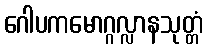
ဂေါပကမောဂ္ဂလ္လာနသုတ္တံ